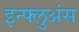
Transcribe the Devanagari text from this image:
इन्फ्लुअंस